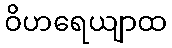
ဝိဟရေယျာထ